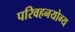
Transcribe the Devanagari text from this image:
परिवहनयोग्य